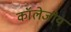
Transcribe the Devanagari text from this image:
कॉलेजीय